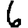
Digit: 6